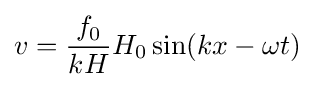
v={\frac {f_{0}}{kH}}H_{0}\sin(kx-\omega t)